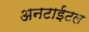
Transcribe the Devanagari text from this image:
अनटाईटल